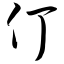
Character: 仃